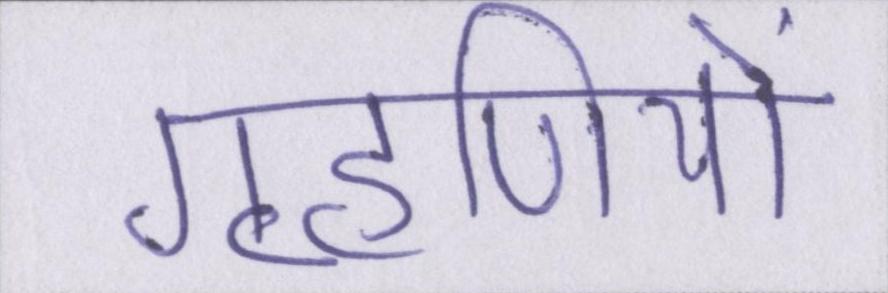
गृहणियों